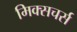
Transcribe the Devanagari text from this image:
मिक्सचर्स